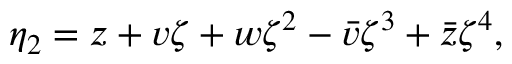
\eta _ { 2 } = z + v \zeta + w \zeta ^ { 2 } - \bar { v } \zeta ^ { 3 } + \bar { z } \zeta ^ { 4 } ,